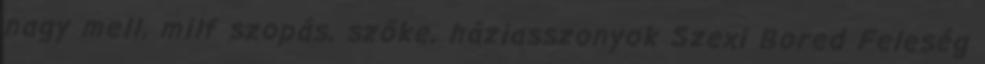
nagy mell, milf szopás, szőke, háziasszonyok Szexi Bored Feleség